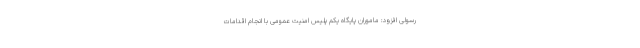
رسولی افزود: ماموران پایگاه یکم پلیس امنیت عمومی با انجام اقدامات